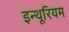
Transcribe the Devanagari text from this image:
इन्थूरियम